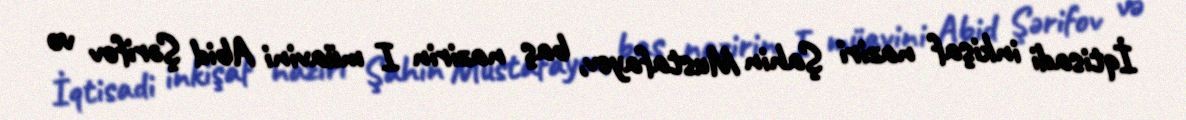
İqtisadi inkişaf naziri Şahin Mustafayev, baş nazirin I müavini Abid Şərifov və